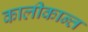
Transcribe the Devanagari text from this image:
कालीकान्त